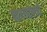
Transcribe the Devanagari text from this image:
नागरहोलची